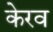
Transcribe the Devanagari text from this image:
केरव